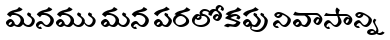
మనము మన పరలోకపు నివాసాన్ని